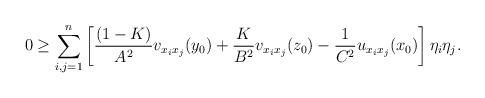
LaTeX: \begin{align*}0\geq \sum\limits_{i,j=1}^{n} \left[\frac{(1-K)}{A^2} v_{x_i x_j}(y_0)+\frac{K}{B^2}v_{x_i x_j}(z_0) -\frac{1}{C^2} u_{x_i x_j}(x_0)\right]\eta_i \eta_j.\end{align*}